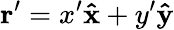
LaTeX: \mathbf{r}^{\prime}=x^{\prime}\mathbf{\hat{x}}+y^{\prime}\mathbf{\hat{y}}